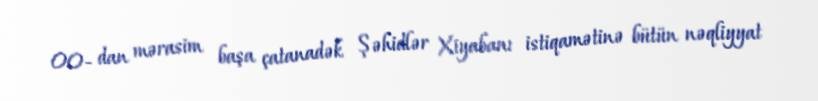
00- dan mərasim başa çatanadək Şəhidlər Xiyabanı istiqamətinə bütün nəqliyyat